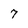
Character: 7